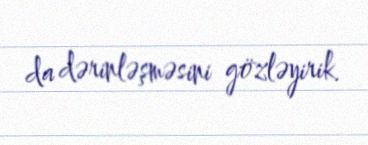
da dərinləşməsini gözləyirik.